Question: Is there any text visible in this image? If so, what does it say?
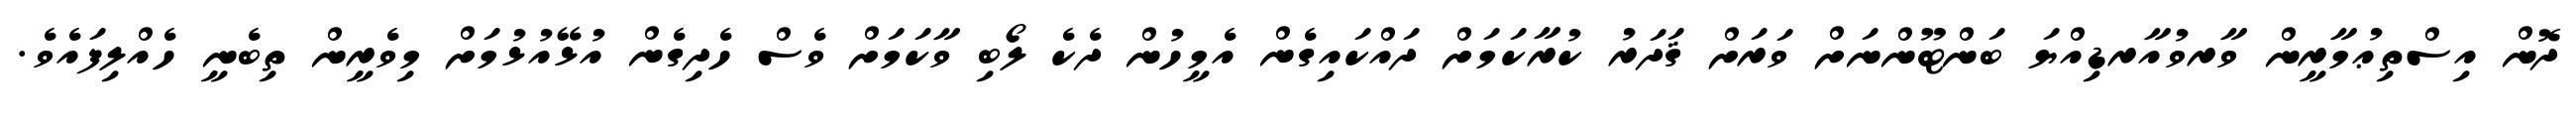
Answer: ދޮން އިސްތިޢުމާރީން ވާރވުއާރޑިއްޔަ ބަންޓޫންނަށް ވަރަށް ޤަދަރު ކުރާކަމަށް ދައްކައިގެން އެމީހުން ދެކެ ލޯބި ވާކަމަށް ވެސް ހެދިގެން އުޅޭއުޅުމަށް މިވެރީން ތިބެނީ ހެއްލިފައެވެ.